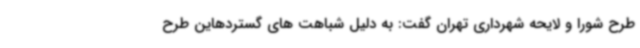
طرح شورا و لایحه شهرداری تهران گفت: به دلیل شباهت های گستردهاین طرح